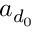
a _ { d _ { 0 } }